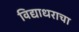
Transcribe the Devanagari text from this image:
विद्याधराचा